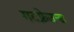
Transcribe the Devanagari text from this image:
गटफ्रेउन्ड